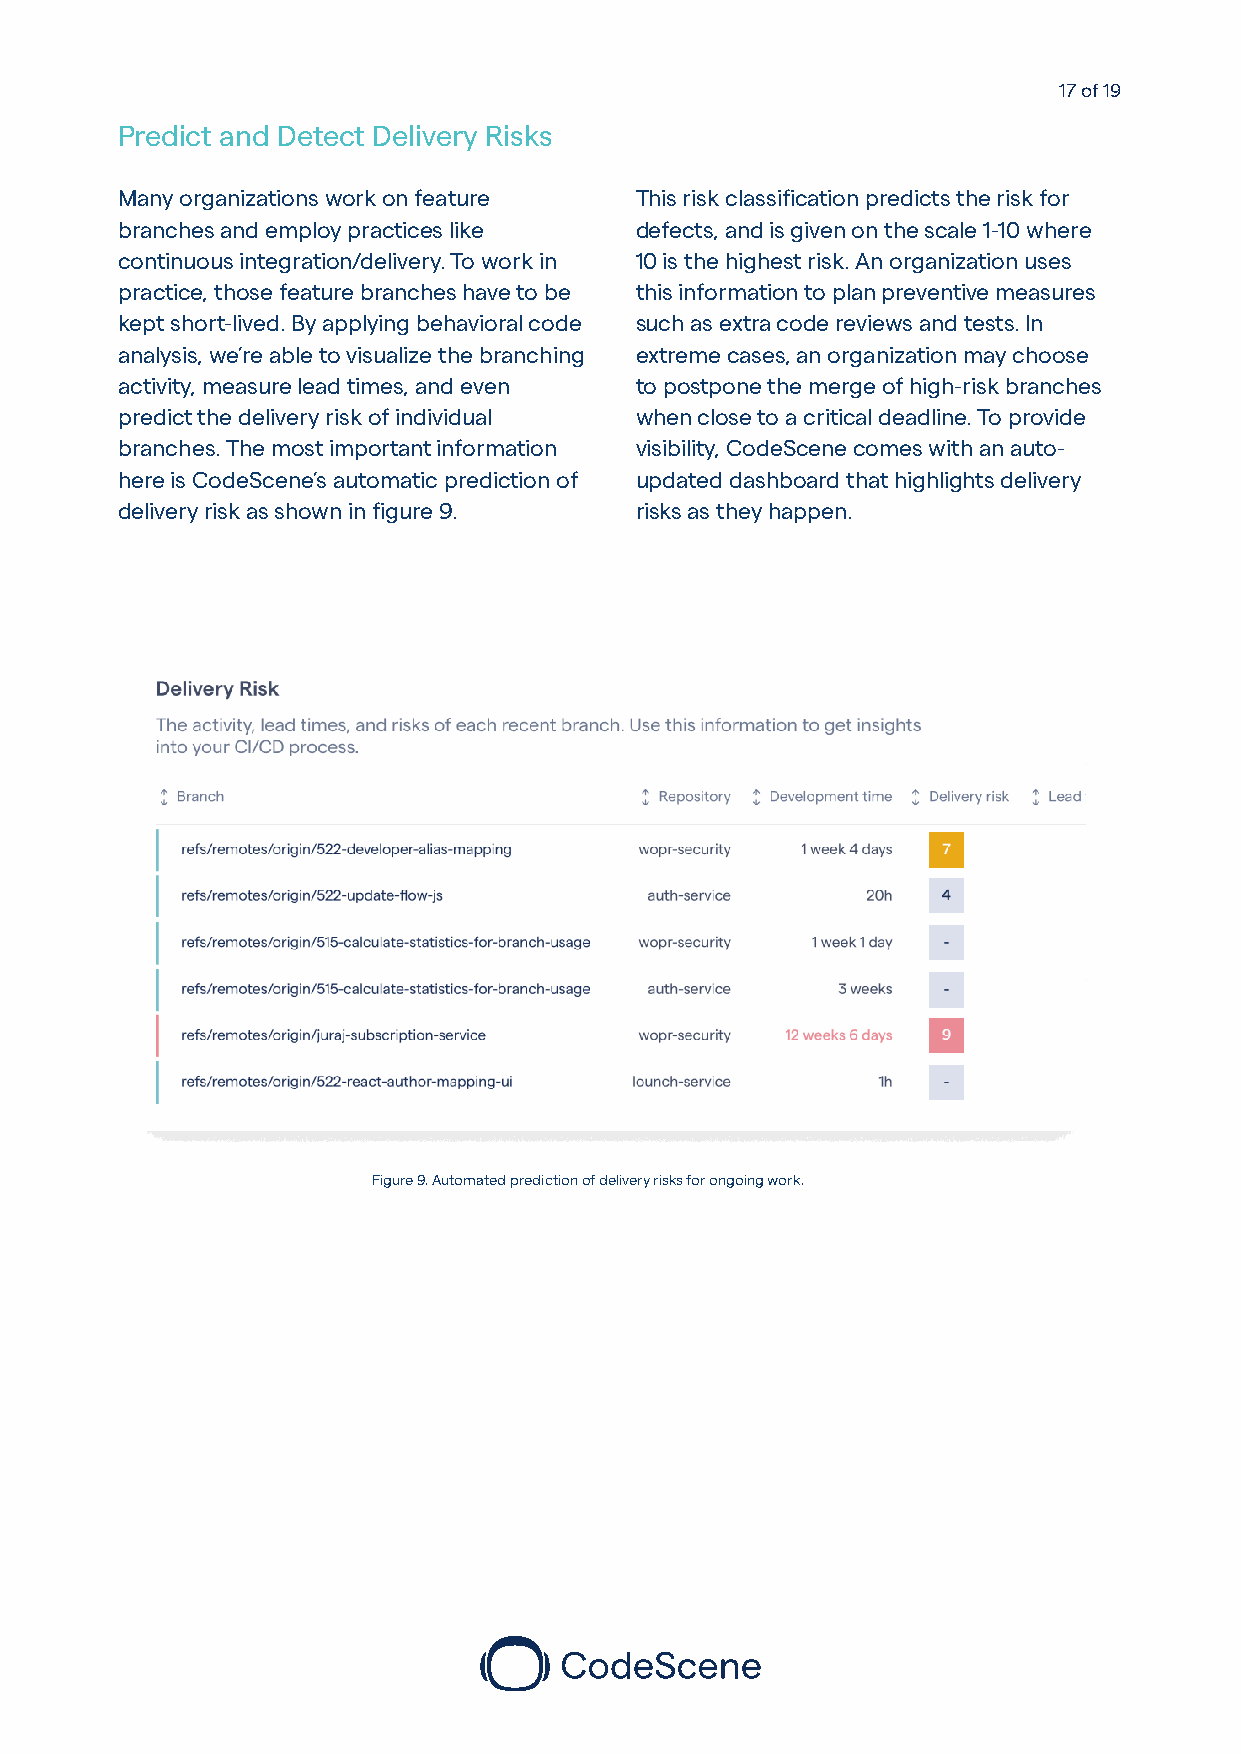
17 of 19
 Predict and Detect Delivery Risks
 Many organizations work on feature This risk classification predicts the risk for
 branches and employ practices like defects, and is given on the scale 1-10 where
 continuous integration/delivery. To work in 10 is the highest risk. An organization uses
 practice, those feature branches have to be this information to plan preventive measures
 kept short-lived. By applying behavioral code such as extra code reviews and tests. In
 analysis, we’re able to visualize the branching extreme cases, an organization may choose
 activity, measure lead times, and even to postpone the merge of high-risk branches
 predict the delivery risk of individual when close to a critical deadline. To provide
 branches. The most important information visibility, CodeScene comes with an auto-
 here is CodeScene’s automatic prediction of updated dashboard that highlights delivery
 delivery risk as shown in figure 9. risks as they happen.
 Figure 9. Automated prediction of delivery risks for ongoing work.